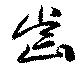
歯